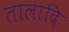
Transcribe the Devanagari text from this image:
तालादि